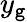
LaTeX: y_{\mathtt{g}}